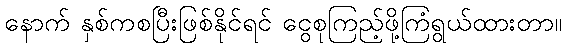
နောက် နှစ်ကစပြီးဖြစ်နိုင်ရင် ငွေစုကြည့်ဖို့ကြံရွယ်ထားတာ။